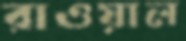
রাওয়াল